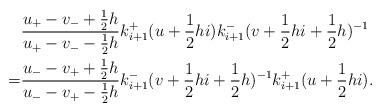
LaTeX: \begin{align*}&\frac{u_{+}-v_{-}+\frac{1}{2}h}{u_{+}-v_{-}-\frac{1}{2}h}k_{i+1}^{+}(u+\frac{1}{2}hi)k_{i+1}^{-}(v+\frac{1}{2}hi+\frac{1}{2}h)^{-1}\\=&\frac{u_{-}-v_{+}+\frac{1}{2}h}{u_{-}-v_{+}-\frac{1}{2}h}k_{i+1}^{-}(v+\frac{1}{2}hi+\frac{1}{2}h)^{-1}k_{i+1}^{+}(u+\frac{1}{2}hi).\end{align*}